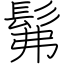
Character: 髴